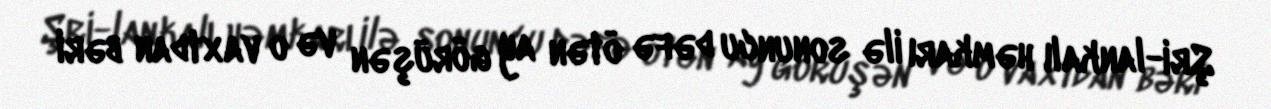
Şri-lankalı həmkarı ilə sonuncu dəfə ötən ay görüşən və o vaxtdan bəri